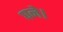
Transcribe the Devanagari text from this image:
घने।